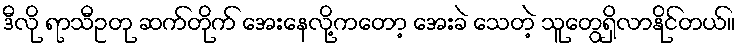
ဒီလို ရာသီဥတု ဆက်တိုက် အေးနေလို့ကတော့ အေးခဲ သေတဲ့ သူတွေရှိလာနိုင်တယ်။